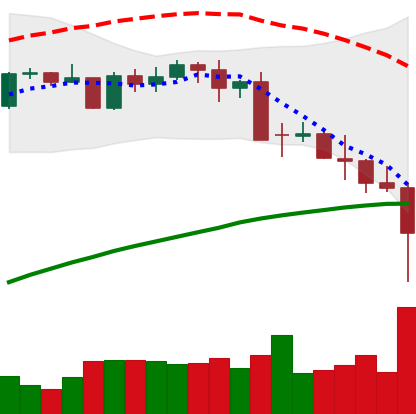
Ticker: BTC-USD
Chart end date: 2021-05-19
Forward return: 4.604%
Label: up_3_5